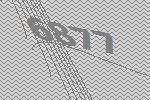
6877